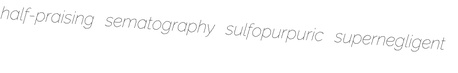
half-praising sematography sulfopurpuric supernegligent